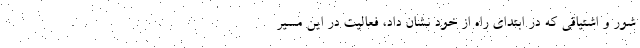
شور و اشتیاقی که در ابتدای راه از خود نشان داد، فعالیت در این مسیر